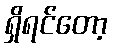
ရှိရင်တော့